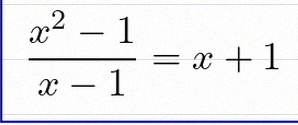
\frac{x^2-1}{x-1}=x+1